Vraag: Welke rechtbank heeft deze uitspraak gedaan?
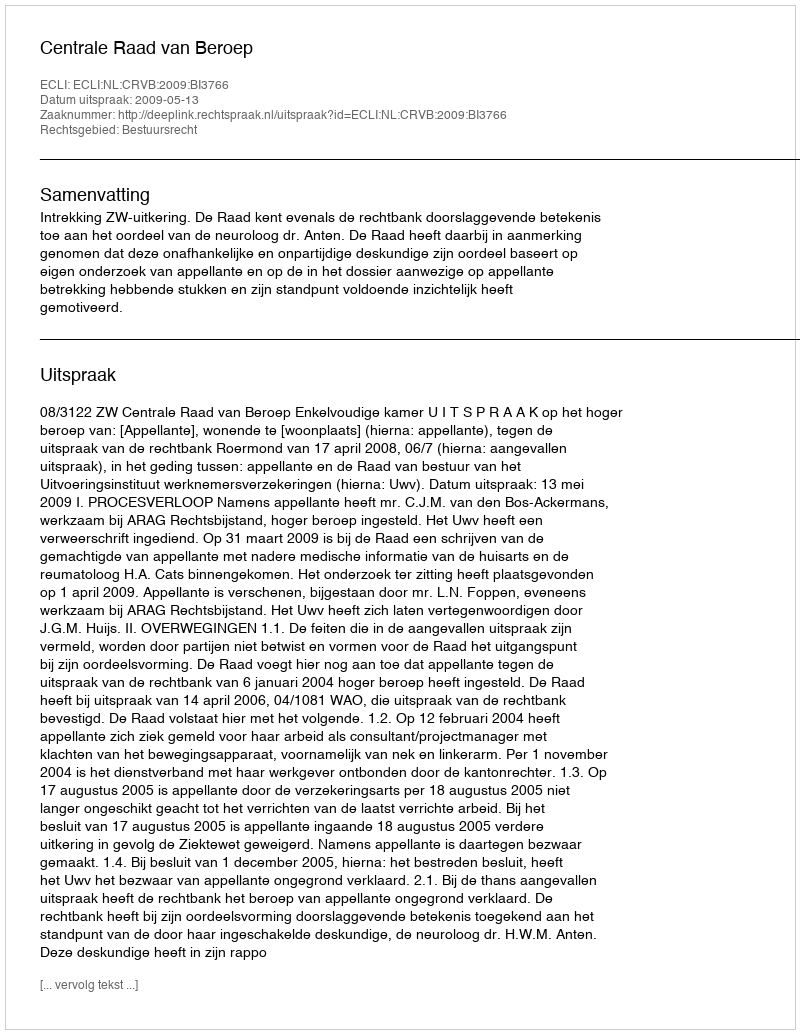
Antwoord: Centrale Raad van Beroep